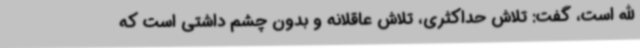
الله است، گفت: تلاش حداکثری، تلاش عاقلانه و بدون چشم داشتی است که